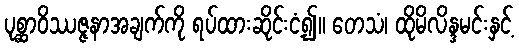
ပုစ္ဆာဝိဿဇ္ဇနာအချက်ကို ရပ်ထားဆိုင်းငံ့၍။ တေသံ၊ ထိုမိလိန္ဒမင်းနှင့်